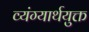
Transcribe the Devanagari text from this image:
व्यंग्यार्थयुक्त